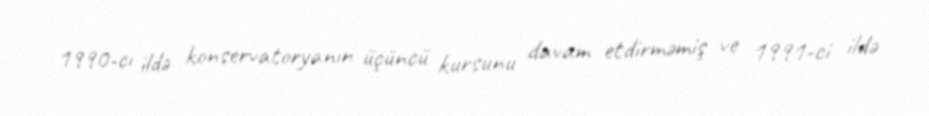
1990-cı ildə konservatoryanın üçüncü kursunu davam etdirməmiş ve 1991-ci ildə